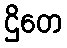
ဌိတေ